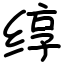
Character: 𬘯